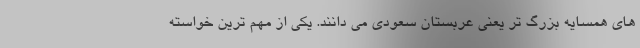
های همسایه بزرگ تر یعنی عربستان سعودی می دانند. یکی از مهم ترین خواسته